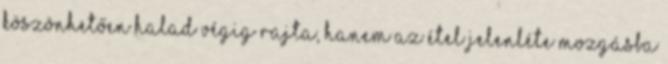
köszönhetően halad végig rajta, hanem az étel jelenléte mozgásba